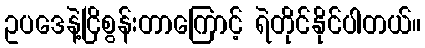
ဥပဒေနဲ့ငြိစွန်းတာကြောင့် ရဲတိုင်နိုင်ပါတယ်။